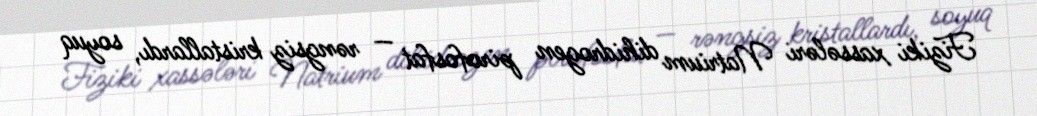
Fiziki xassələri Natrium dihidrogen pirofosfat — rəngsiz kristallardı, soyuq